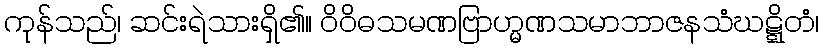
ကုန်သည်၊ ဆင်းရဲသားရှိ၏။ ဝိဝိဓသမဏဗြာဟ္မဏသမာဘာဇနသံဃဋ္ဋိတံ၊